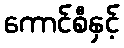
ကောင်စီနှင့်